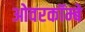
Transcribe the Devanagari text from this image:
ओवरकॉम्बे